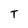
Character: T